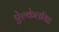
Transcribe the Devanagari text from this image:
ऐल्केलॉयड